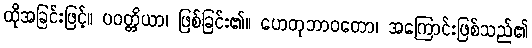
ထိုအခြင်းဖြင့်။ ပဝတ္တိယာ၊ ဖြစ်ခြင်း၏။ ဟေတုဘာဝတော၊ အကြောင်းဖြစ်သည်၏